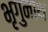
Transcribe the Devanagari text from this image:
भृगुनाथ